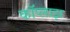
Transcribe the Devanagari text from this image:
कॉप्लाझ